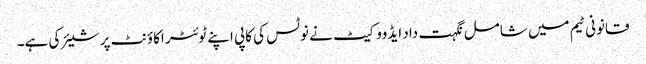
قانونی ٹیم میں شامل نگہت داد ایڈووکیٹ نے نوٹس کی کاپی اپنے ٹوئٹر اکاؤنٹ پر شیئر کی ہے۔